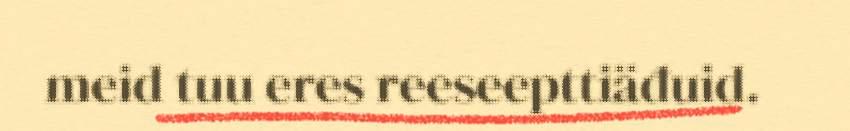
meid tuu eres reeseepttiäđuid.